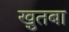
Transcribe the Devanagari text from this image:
खु़तबा